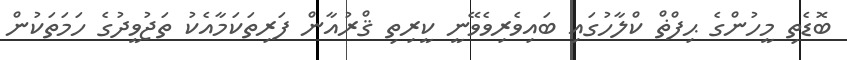
ބޮޑެތި މީހުންގެ ޙިފްޡް ކްލާހުގައި ބައިވެރިވެވޭނީ ކީރިތި ޤްރުއާން ފަރިތަކަމާއެކު ތަޖުވީދުގެ ހަމަތަކުން